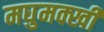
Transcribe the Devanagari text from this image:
मघुमक्खी